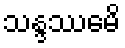
သန္ဒဿေမိ